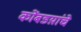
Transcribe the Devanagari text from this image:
कोंबडय़ांचे